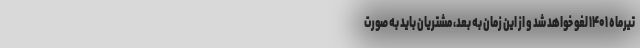
تیرماه ۱۴۰۱ لغو خواهد شد و از این زمان به بعد، مشتریان باید به صورت